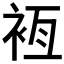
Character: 𧙸